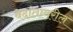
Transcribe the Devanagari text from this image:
वेदांतावरील